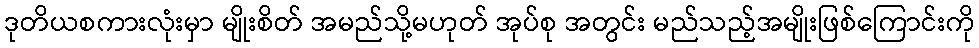
ဒုတိယစကားလုံးမှာ မျိုးစိတ် အမည်သို့မဟုတ် အုပ်စု အတွင်း မည်သည့်အမျိုးဖြစ်ကြောင်းကို